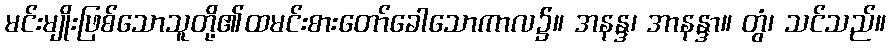
မင်းမျိုးဖြစ်သောသူတို့၏ထမင်းစားတော်ခေါသောကာလ၌။ အနန္ဒ၊ အာနန္ဒာ။ တွံ၊ သင်သည်။